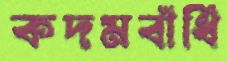
কদমবাঁধি